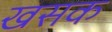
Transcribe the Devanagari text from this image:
खसक